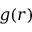
g ( r )